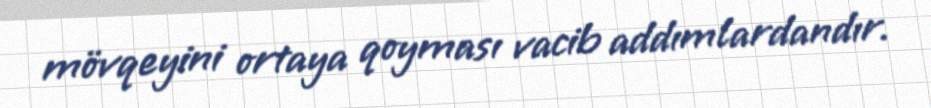
mövqeyini ortaya qoyması vacib addımlardandır.